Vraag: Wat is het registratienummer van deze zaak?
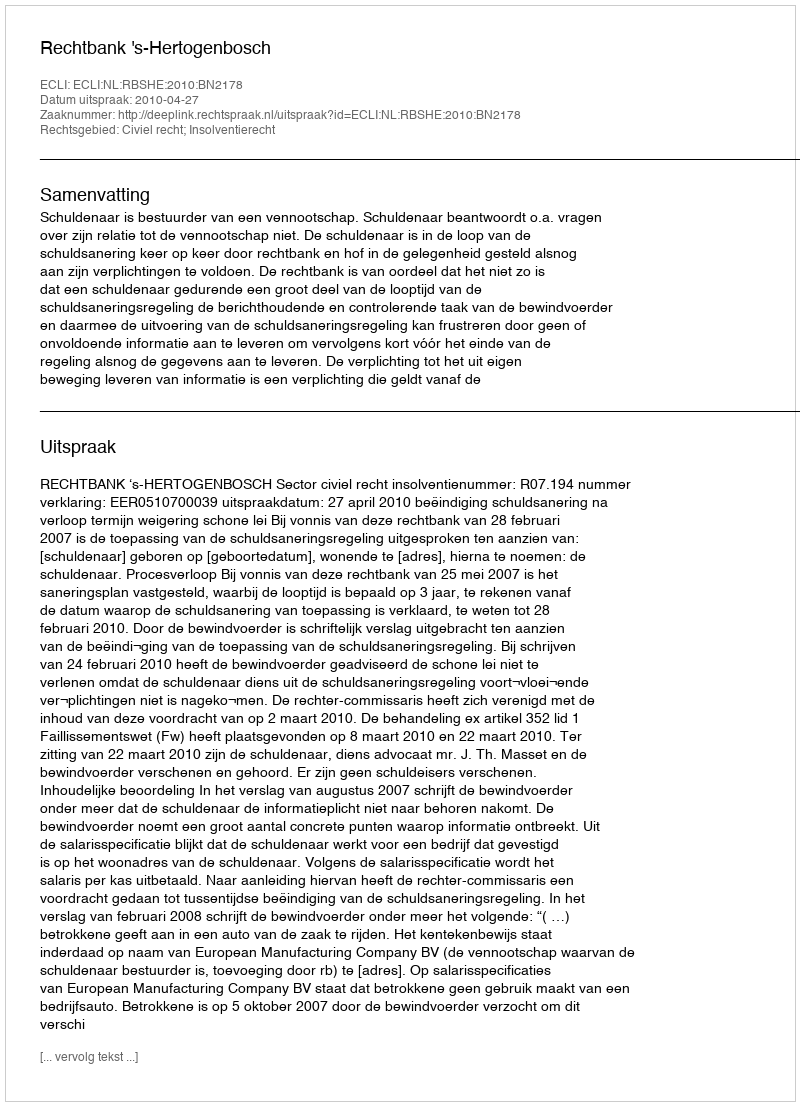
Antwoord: http://deeplink.rechtspraak.nl/uitspraak?id=ECLI:NL:RBSHE:2010:BN2178